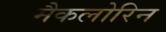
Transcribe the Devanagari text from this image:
मैकलोरिन